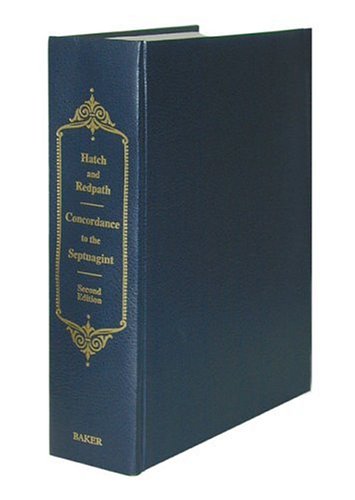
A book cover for A Concordance to the Septuagint: And the Other Greek Versions of the Old Testament (Including the Apocryphal Books) (Greek Edition); Edwin Hatch; Christian Books & Bibles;